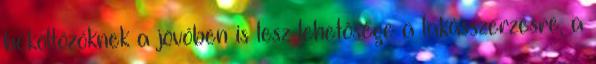
beköltözőknek a jövőben is lesz lehetősége a lakásszerzésre, a